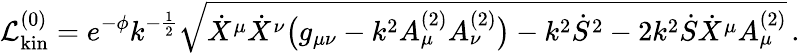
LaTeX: {\cal L}_{\mathrm{kin}}^{(0)}=e^{-\phi}k^{-{\frac{1}{2}}}\sqrt{\dot{X}^{\mu}\dot{X}^{\nu}\bigl(g_{\mu\nu}-k^{2}A_{\mu}^{(2)}A_{\nu}^{(2)}\bigr)-k^{2}{\dot{S}}^{2}-2k^{2}\dot{S}{\dot{X}}^{\mu}A_{\mu}^{(2)}}\, .